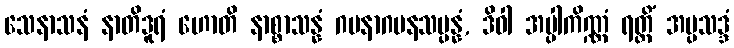
သေနာသနံ နာတိဒူရံ ဟောတိ နာစ္စာသန္နံ ဂမနာဂမနသမ္ပန္နံ, ဒိဝါ အပ္ပါကိဏ္ဏံ ရတ္တိံ အပ္ပသဒ္ဒံ